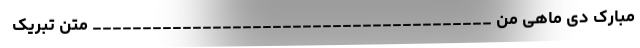
مبارک دی ماهی من ________________________________________ متن تبریک